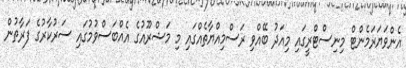
އެންވަޔަރަމެންޓް މިނިސްޓްރީގައި މިއަދު ބޭއްވި ރަސްމިއްޔާތެއްގައި މި މަޝްރޫއުގެ އެއްބަސްވުމުގައި ސަރުކާރުގެ ފަރާތުން